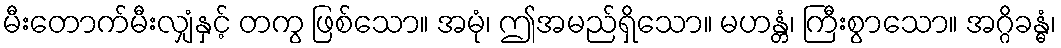
မီးတောက်မီးလျှံနှင့် တကွ ဖြစ်သော။ အမုံ၊ ဤအမည်ရှိသော။ မဟန္တံ၊ ကြီးစွာသော။ အဂ္ဂိခန္ဓံ၊